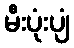
မီးပုံးပျံ